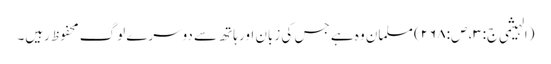
(الہیثمی ج:۳، ص:۲۶۸) مسلمان وہ ہے جس کی زبان اور ہاتھ سے دوسرے لوگ محفوظ رہیں۔